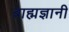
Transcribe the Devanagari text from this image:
ब्राह्मज्ञानी